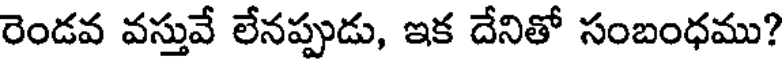
రెండవ వస్తువే లేనప్పుడు, ఇక దేనితో సంబంధము?